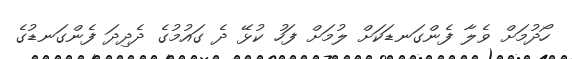
ހޯދުމަށް ވެލާ ފެންގަނޑަކަށް ލުމަށް ފަހު ކުޅޭ ދެ ގައުމުގެ ދެދިދަ ފެންގަނޑުގެ